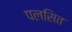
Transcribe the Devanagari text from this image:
पलसित